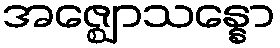
အဇ္ဈောသန္နော